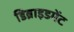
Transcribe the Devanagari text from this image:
डिब्राइडमेंट